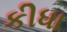
કીધા